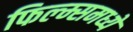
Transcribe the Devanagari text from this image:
फिल्म्समध्ये